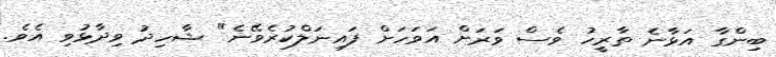
ބިންގާ އަޅާނެ ތާރީހު ވެސް ވަރަށް އަވަހަށް ފައިނަލްކުރެވޭނެ" ޝާހިދު ވިދާޅުވި އެވެ.